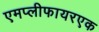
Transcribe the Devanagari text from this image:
एमप्लीफायरएक